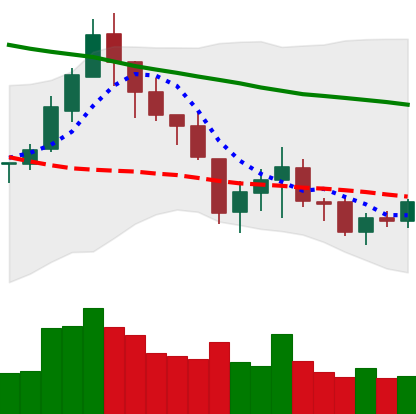
Ticker: LTC-USD
Chart end date: 2018-05-20
Forward return: -14.5%
Label: down_7plus